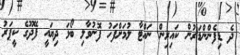
ދެ ޑިފެންންޑަރުން ކައިރިން ނައްޓާ ލުމަށްފަހު ފޮނުވާލި ބޯޅަ ދިޔައީ ފޭދޫގެ ކީޕަރު